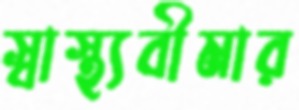
স্বাস্থ্যবীমার